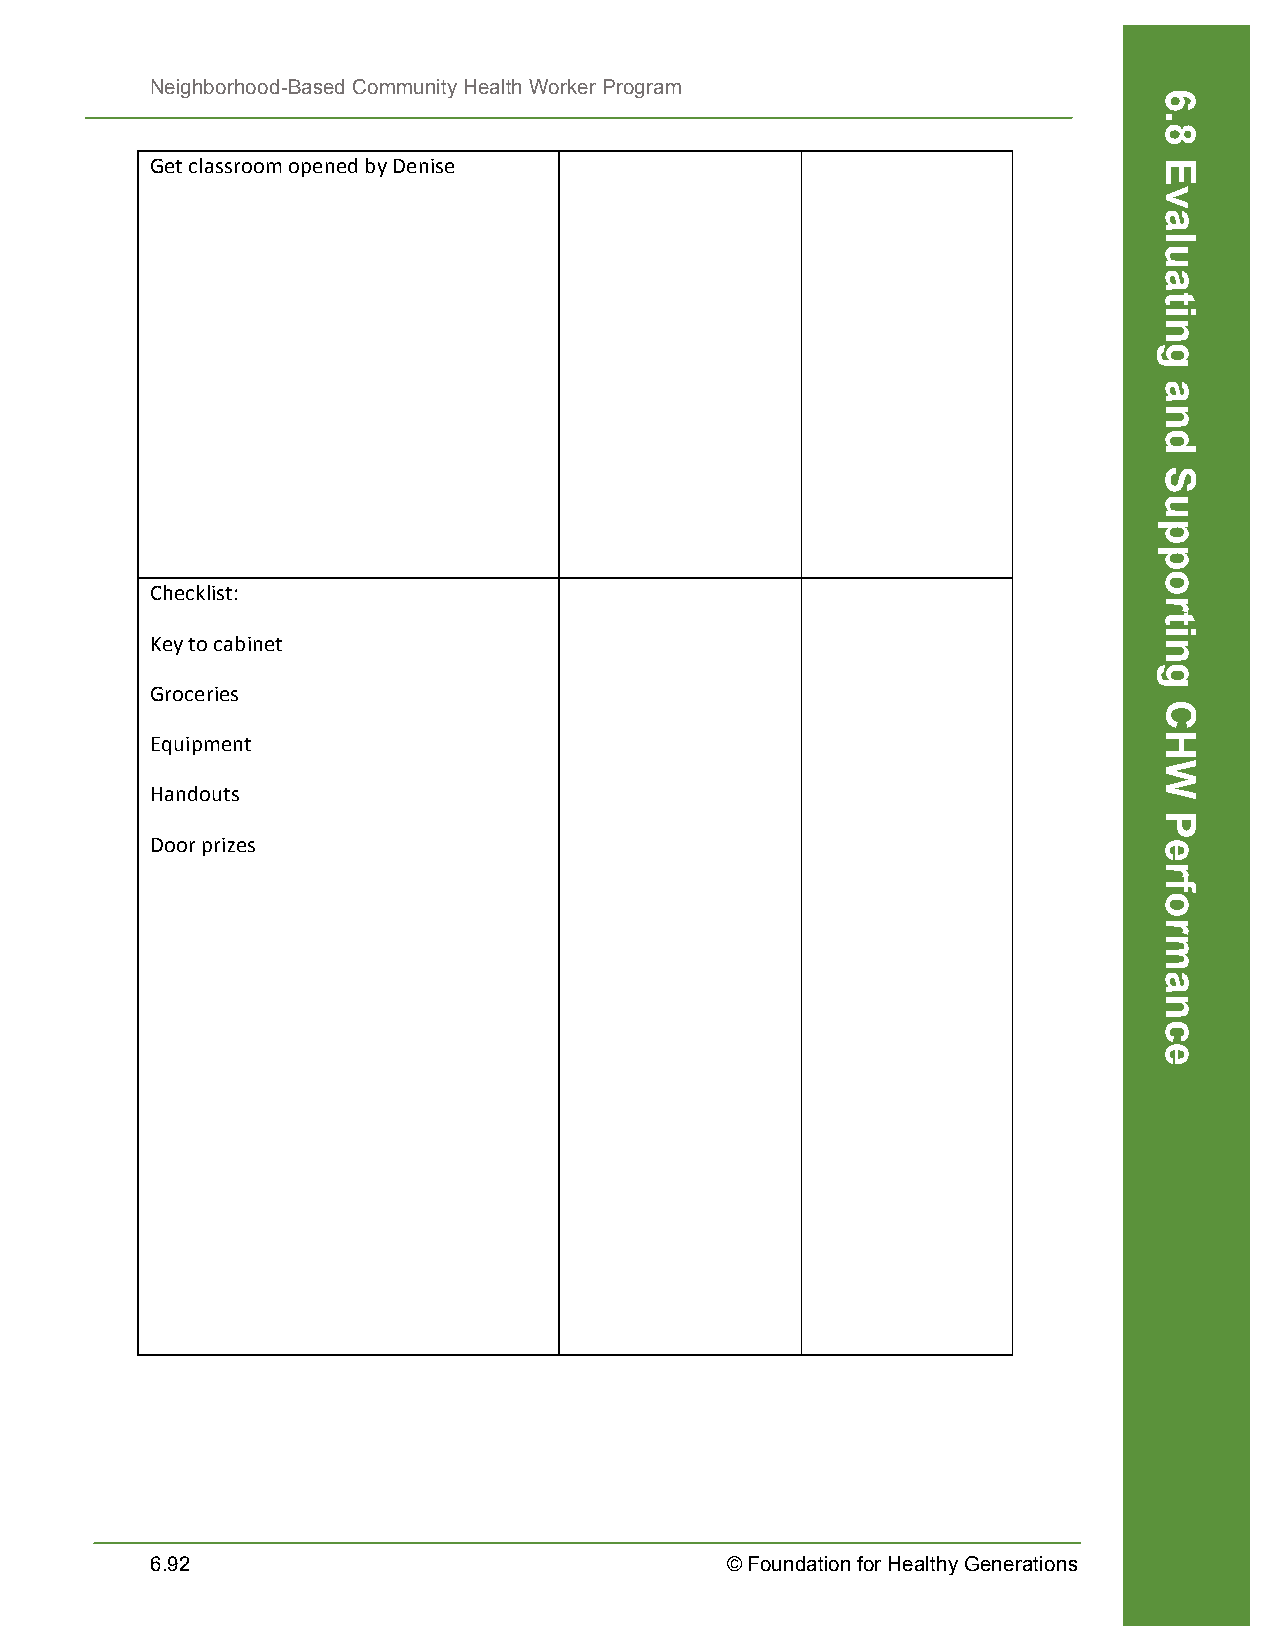
Neighborhood-Based Community Health Worker Program
 Get classroom opened by Denise
 Checklist:
 Key to cabinet
 Groceries
 Equipment
 Handouts
 Door prizes
 6.92                                  © Foundation for Healthy Generations
 6.8
 Evaluating
 and
 Supporting
 CHW
 Performance